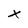
Character: X